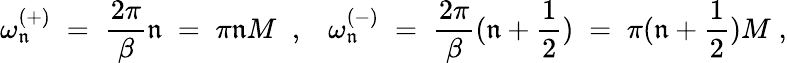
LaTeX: \omega_{\mathfrak{n}}^{(+)}\; =\; \frac{{2\pi}}{{\beta}}\mathfrak{n}\; =\; \pi\mathfrak{n}M\; \; ,\; \; \; \omega_{\mathfrak{n}}^{(-)}\; =\; \frac{{2\pi}}{{\beta}}(\mathfrak{n}+\frac{{1}}{{2}})\; =\; \pi(\mathfrak{n}+\frac{{1}}{{2}})M\; ,